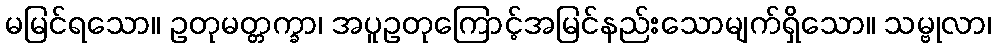
မမြင်ရသော။ ဥတုမတ္တက္ခာ၊ အပူဥတုကြောင့်အမြင်နည်းသောမျက်ရှိသော။ သမ္ဗုလာ၊